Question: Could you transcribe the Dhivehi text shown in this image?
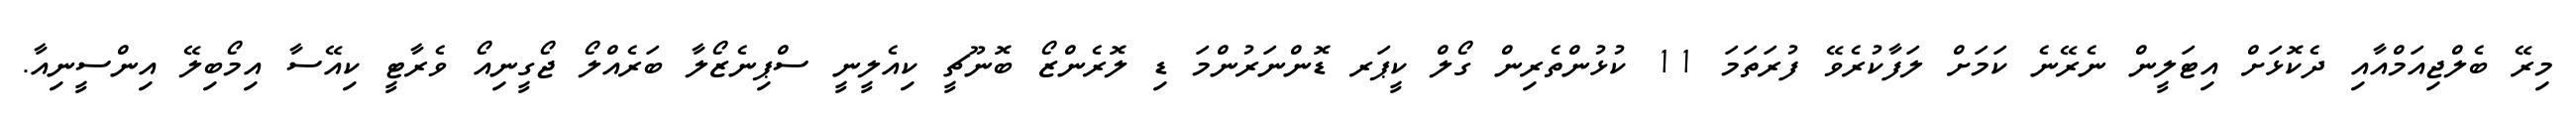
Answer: މިރޭ ބެލްޖިއަމްއާއި ދެކޮޅަށް އިޓަލީން ނެރޭނެ ކަމަށް ލަފާކުރެވޭ ފުރަތަމަ 11 ކުޅުންތެރިން ގޯލް ކީޕަރ ޑޮންނަރުންމަ ޑި ލޮރެންޒޯ ބޮނޫޗީ ކިއެލީނީ ސްޕިނެޒޯލާ ބަރެއްލޯ ޖޯގީނިއޯ ވެރާޓީ ކިއޭސާ އިމޯބިލޭ އިންސީނިއާ.